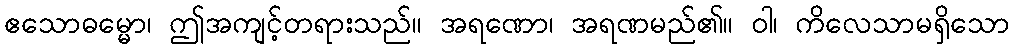
ဧသောဓမ္မော၊ ဤအကျင့်တရားသည်။ အရဏော၊ အရဏမည်၏။ ဝါ၊ ကိလေသာမရှိသော